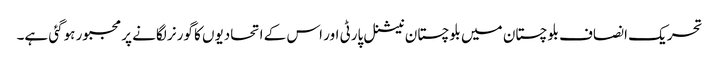
تحریک انصاف بلوچستان میں بلوچستان نیشنل پارٹی اور اس کے اتحادیوں کا گورنر لگانے پر مجبور ہوگئی ہے۔